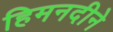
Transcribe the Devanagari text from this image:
हिमनदीने